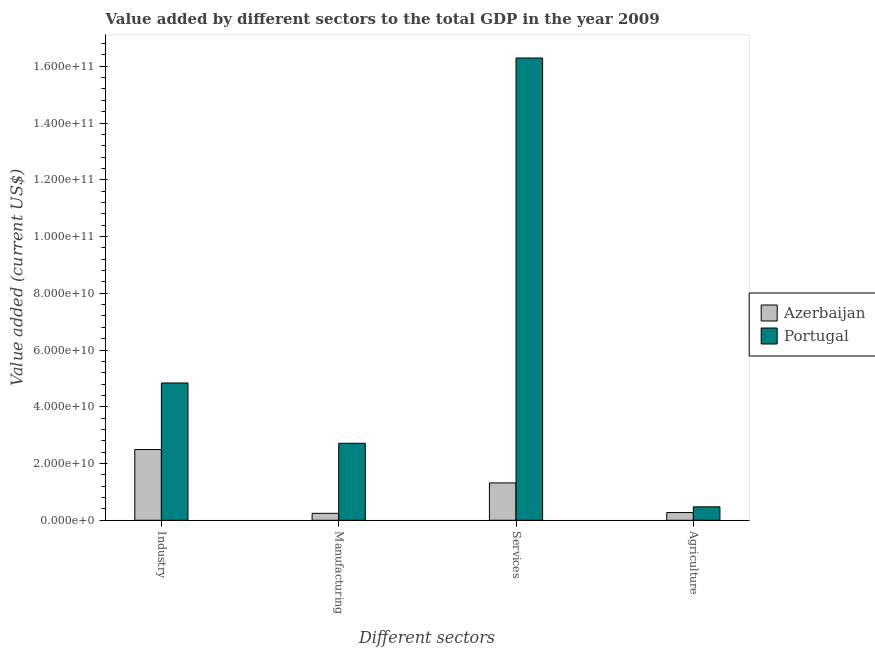
| Different sectors | Azerbaijan | Portugal |
 | --- | --- | --- |
 | Industry | 2.49e+10 | 4.84e+10 |
 | Manufacturing | 2.45e+09 | 2.71e+10 |
 | Services | 1.32e+10 | 1.63e+11 |
 | Agriculture | 2.71e+09 | 4.74e+09 |